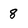
Character: 8